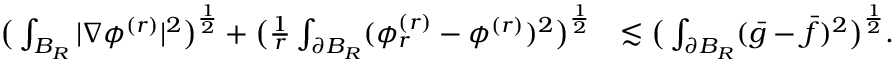
\begin{array} { r l } { \big ( \int _ { B _ { R } } | \nabla \phi ^ { ( r ) } | ^ { 2 } \big ) ^ { \frac { 1 } { 2 } } + \big ( \frac { 1 } { r } \int _ { \partial B _ { R } } ( \phi _ { r } ^ { ( r ) } - \phi ^ { ( r ) } ) ^ { 2 } \big ) ^ { \frac { 1 } { 2 } } } & { \lesssim \big ( \int _ { \partial B _ { R } } ( \bar { g } - \bar { f } ) ^ { 2 } \big ) ^ { \frac { 1 } { 2 } } . } \end{array}